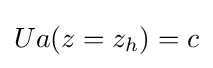
Ua(z=z_{h})=c